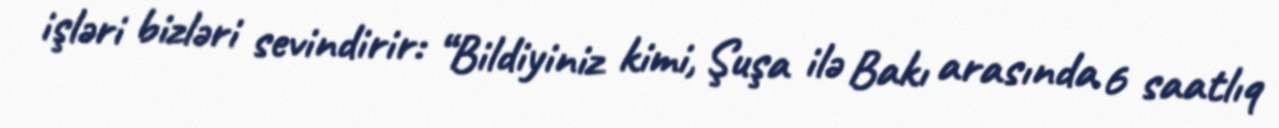
işləri bizləri sevindirir: “Bildiyiniz kimi, Şuşa ilə Bakı arasında 6 saatlıq